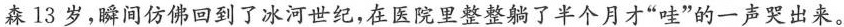
森13岁，瞬间仿佛回到了冰河世纪，在医院里整整躺了半个月才”哇”的一声哭出来。